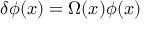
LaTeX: \delta \phi ( x ) = \Omega ( x ) \phi ( x )